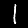
Label: 1